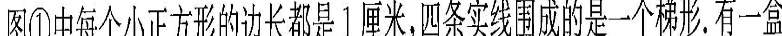
图①中每个小正方形的边长都是1厘米四条实线围成的是一个梯形有一盒